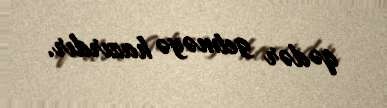
qədər getməyə hazırdır.